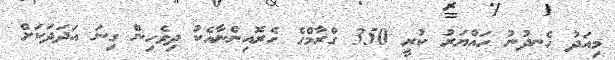
މިއަދު ހެނދުނު ހައްޔަރު ކުރީ 350 ގްރާމްގެ ހެރޮއިންނާއެކު ދިވެހިން ގިނަ އަދަދަކަށް